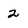
Character: 2